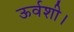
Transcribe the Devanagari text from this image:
ऊर्वशी।